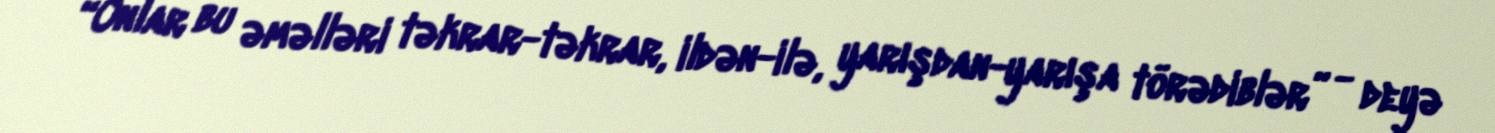
“Onlar bu əməlləri təkrar-təkrar, ildən-ilə, yarışdan-yarışa törədiblər” - deyə